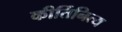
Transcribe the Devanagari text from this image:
कीर्तिनित्य